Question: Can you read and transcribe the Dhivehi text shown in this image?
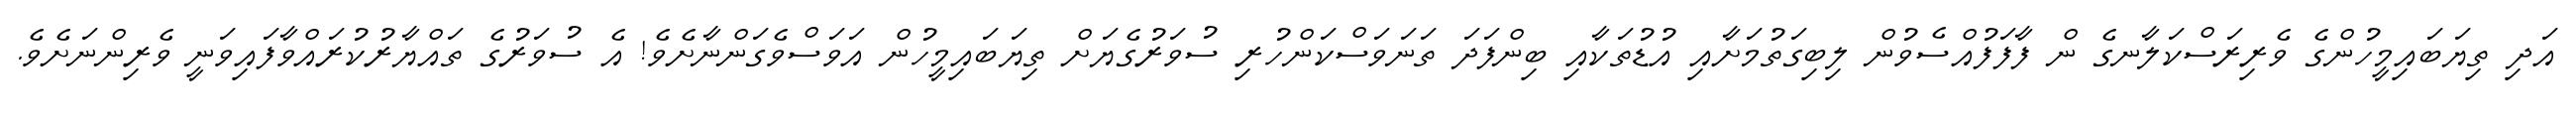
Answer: އަދި ތިޔަބައިމީހުންގެ ވެރިރަސްކަލާނގެ ން ފާފަފުއްސެވުން ލިބިގަތުމަށާއި އުޑުތަކާއި ބިންފަދަ ތަނަވަސްކަންހުރި ސުވަރުގެޔަށް ތިޔަބައިމީހުން އަވަސްވެގަންނާށެވެ! އެ ސުވަރުގެ ތައްޔާރުކުރައްވާފައިވަނީ ވެރިންނަށެވެ.